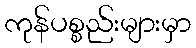
ကုန်ပစ္စည်းများမှာ